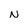
Character: N